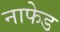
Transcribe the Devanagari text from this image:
नाफेड